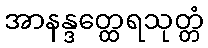
အာနန္ဒတ္ထေရသုတ္တံ